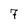
Character: 7